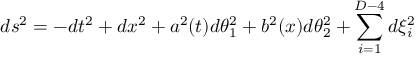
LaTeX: d s ^ { 2 } = - d t ^ { 2 } + d x ^ { 2 } + a ^ { 2 } ( t ) d \theta _ { 1 } ^ { 2 } + b ^ { 2 } ( x ) d \theta _ { 2 } ^ { 2 } + \sum _ { i = 1 } ^ { D - 4 } d \xi _ { i } ^ { 2 }